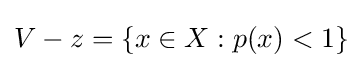
V-z=\{x\in X:p(x)<1\}